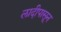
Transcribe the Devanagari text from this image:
लादीपासून